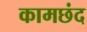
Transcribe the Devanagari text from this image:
कामछंद